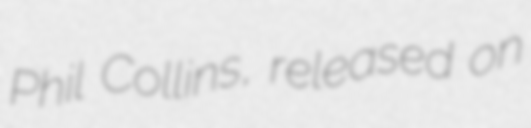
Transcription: Phil Collins, released on